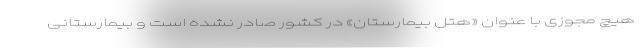
هیچ مجوزی با عنوان «هتل بیمارستان» در کشور صادر نشده است و بیمارستانی